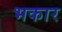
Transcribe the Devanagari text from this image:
भकार